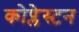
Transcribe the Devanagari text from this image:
कोप्लेस्टन